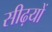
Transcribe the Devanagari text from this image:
सीढ़यों